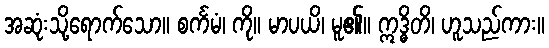
အဆုံးသို့ရောက်သော။ စင်္ကမံ၊ ကို။ မာပယိ၊ မူ၏။ ဣဒ္ဓိတိ၊ ဟူသည်ကား။